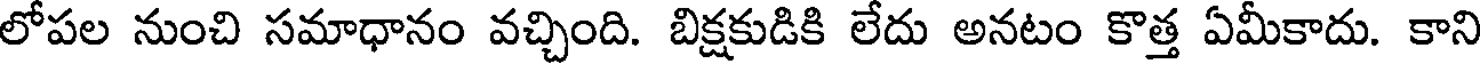
లోపల నుంచి సమాధానం వచ్చింది. బిక్షకుడికి లేదు అనటం కొత్త ఏమీకాదు. కాని